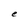
Character: e